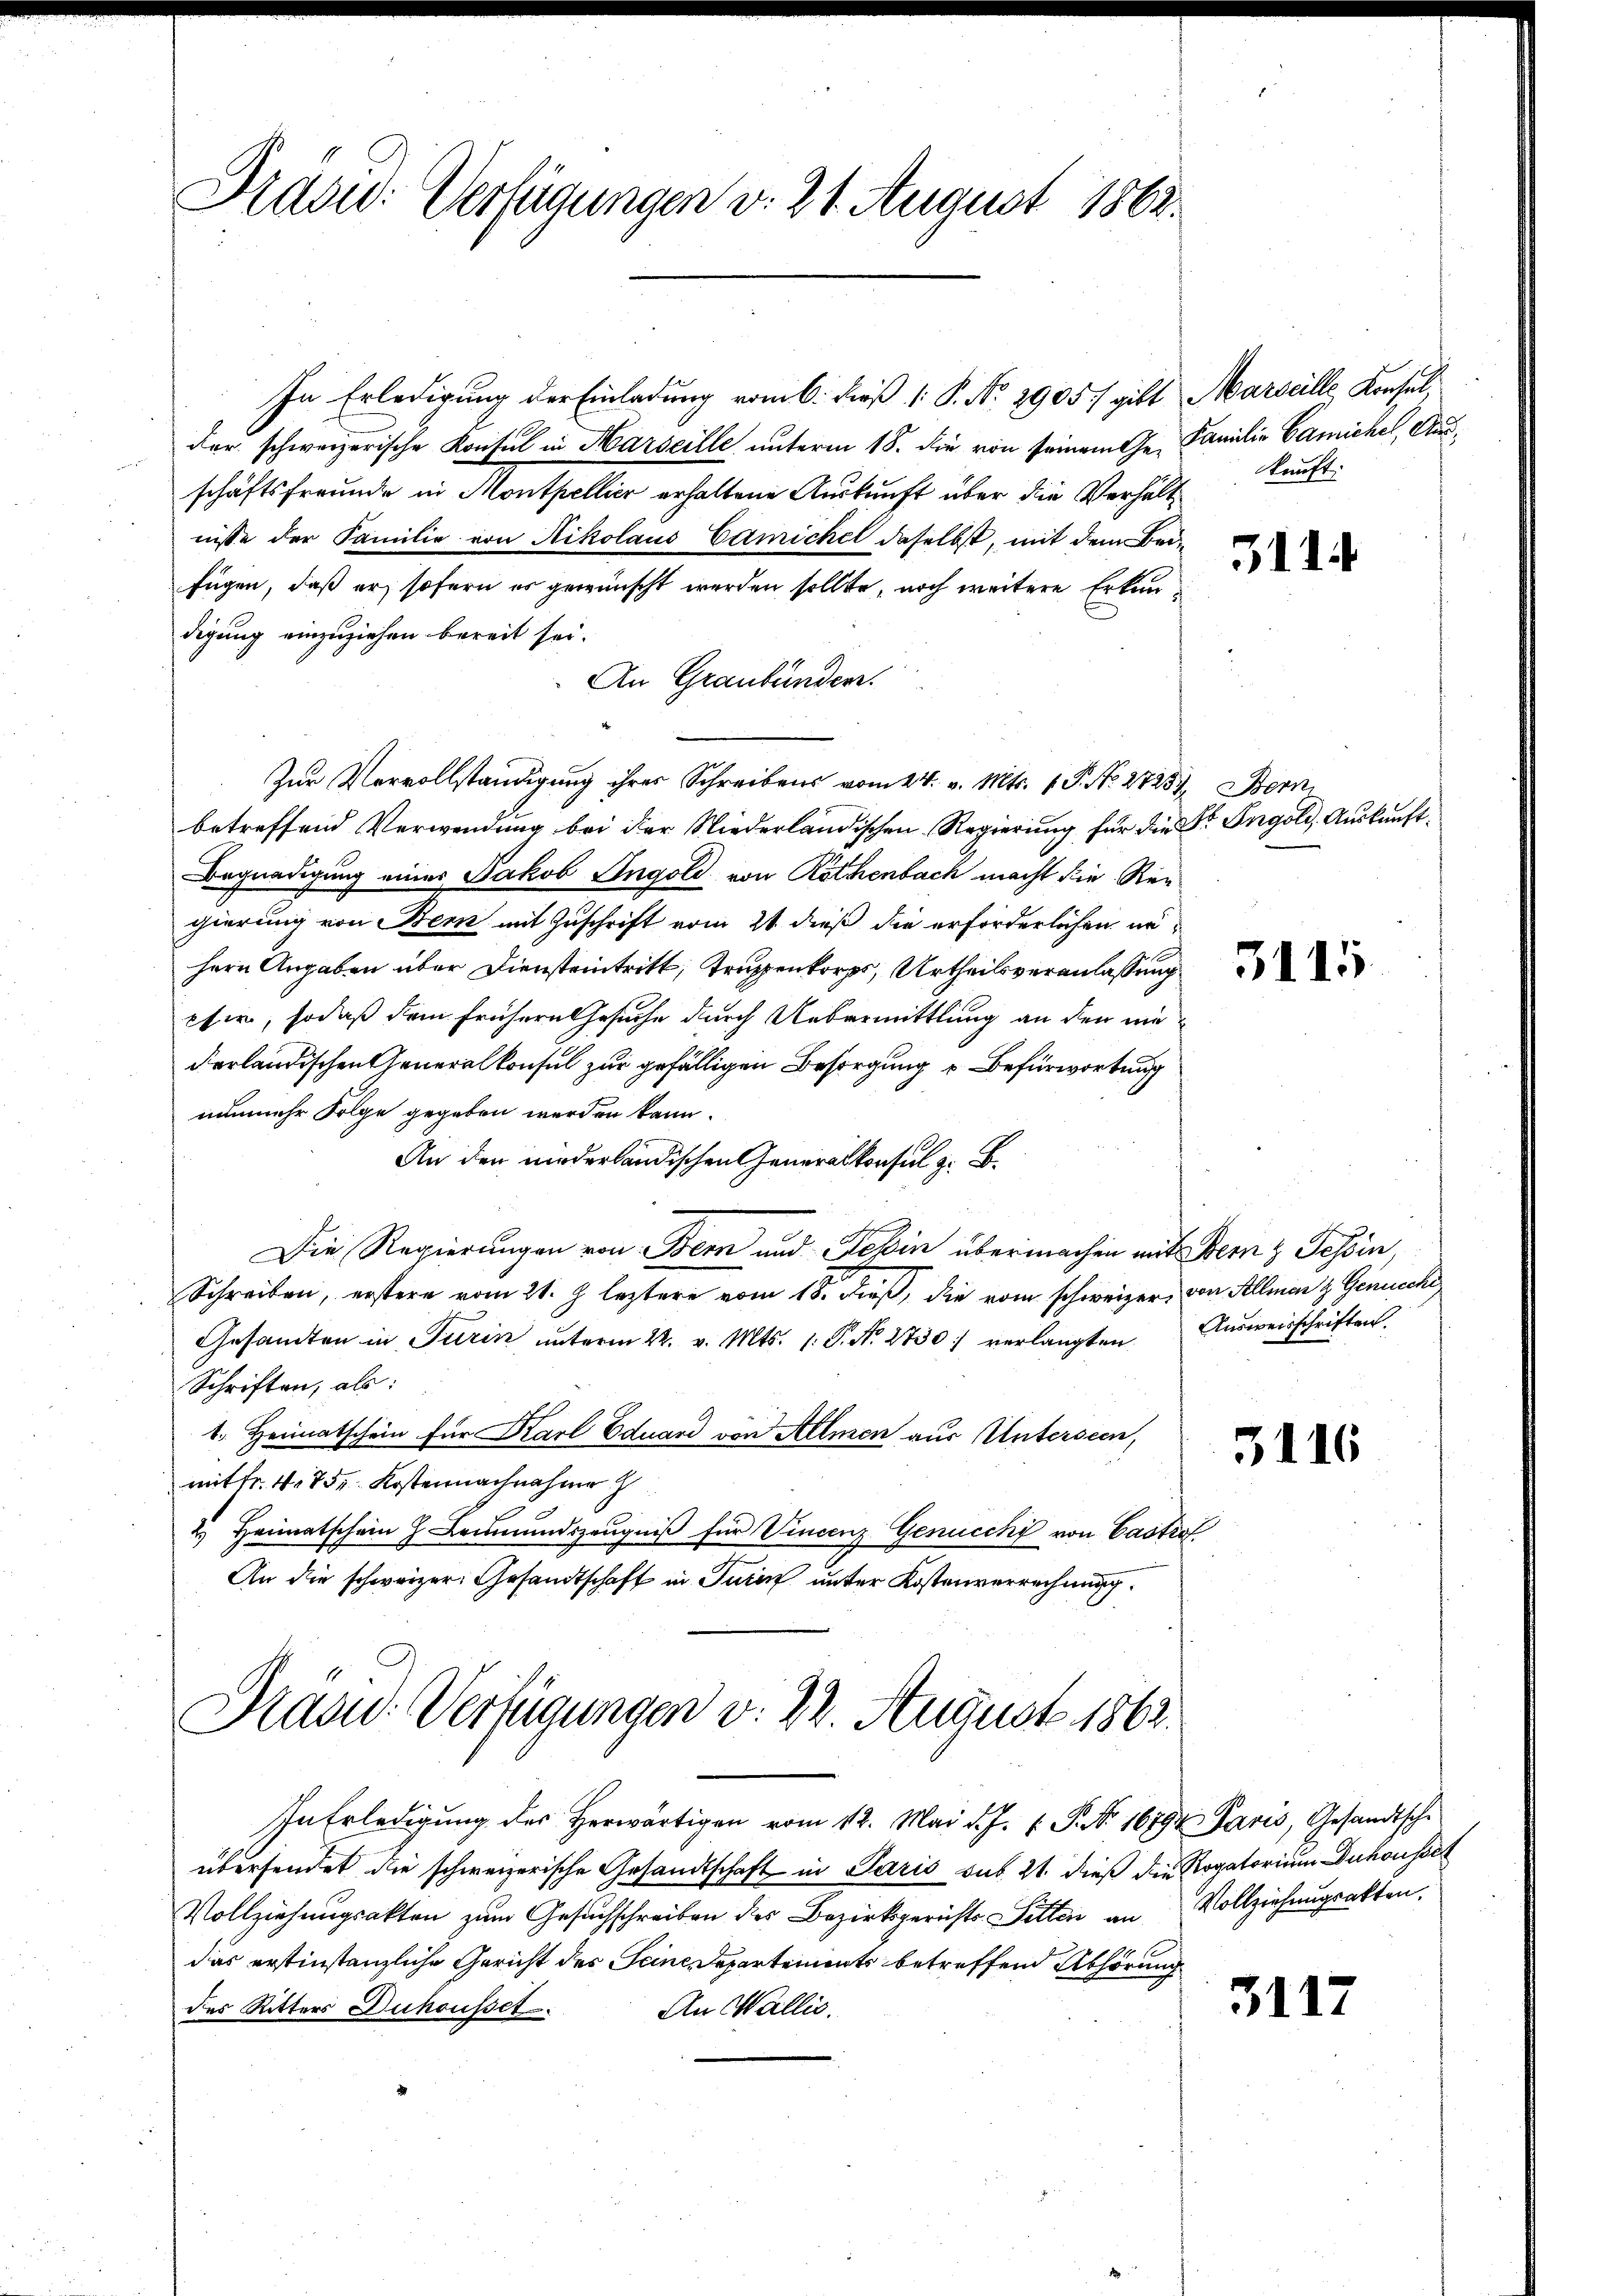
Drad: Verfügungen v. 21. August 1862.

Prasud: Verfügungen v. 22. August 1863.

In Erledigŭng des herwärtigen vom 12. Mai d. J. J. P. Nr. 1679 Paris, Gesandtsche
übersendet die schweizerische Gesandtschaft in Paris sub 21. dieß die Rogatorium Duhousset
Vollziehungsakten zum Gesuchschreiben des Bezirksgerichts Sitten an Vollziehungsakten.
das erstinstanzliche Gericht des Seine Departements betreffend Abhörung
des Ritters Duhousset
An Wallis.

In Erledigung der Einladung vom 6. dieß (: P. No. 2905/ gibt Marseille, Konsel,
der schweizerische Konsul in Marseille unterm 18. die von seinem Ge- Familie Camichel, Ausschäftsfreunde in Montpellier erhaltene Auskunft über die Verhältnisse der Familie von Nikolaus Camickel daselbst, mit dem Beifügen, daß er sofern es gewünscht werden sollte, noch weitere Erkundigung einzuziehen bereit sei.
An Graubünden.
Zur Vervollständigung ihrer Schreibens vom 24. v. Mts. v. P. Nr. 27234, Bern
betreffend Verwendung bei der Niederländischen Regierung für die Dr. Ingold, Auskunft¬
Begnadigung eines Jakob Ingold von Röthenbach macht die Reigierung von Bern mit Zuschrift vom 21 dieß die erforderlichen nä¬
Hern Angaben über Diensteintritt, Tragen, Urtheilsveranlassung
cher, sodaß dem frühere Gesuche durch Uebermittlung an den niederländischen Generalkonsul zur gefälligen Besorgung u Befürwortung
nunmehr Folge gegeben werden kann.
An den niederländischen Generalkonsul z. B.
Die Regierungen von Bern und Tessin übermachen mit Bern z Tessin,
Schreiben, erstere vom 21. J. leztere vom 18. dieß, die vom schweizer, von Allmen & Genicke
Gesandten in Turin ŭnterm 22. v. Mts. 1. P. Nr. 2750 verlangten Ausweisschriften,
Schriften, als:
1. Heimatschein für Karl Eduard von Allmen aus Unterseen,
mit fr. 475. Kostennachnahme
2.) Heimatschein H. Leŭmŭndszeŭgniβ für Vincenz Genuccki von Castro
An die schweizer. Gesandtschaft in Turin unter Kostenverrechnung.

kunft.

3114

3116

3117